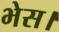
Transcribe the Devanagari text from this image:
भेस।